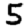
Digit: 5